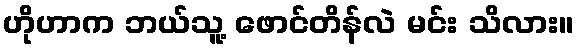
ဟိုဟာက ဘယ်သူ့ ဖောင်တိန်လဲ မင်း သိလား။